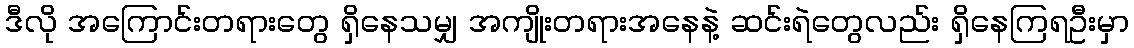
ဒီလို အကြောင်းတရားတွေ ရှိနေသမျှ အကျိုးတရားအနေနဲ့ ဆင်းရဲတွေလည်း ရှိနေကြရဦးမှာ